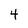
Character: 4